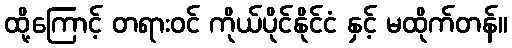
ထို့ကြောင့် တရားဝင် ကိုယ်ပိုင်နိုင်ငံ နှင့် မထိုက်တန်။